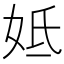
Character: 𡛜